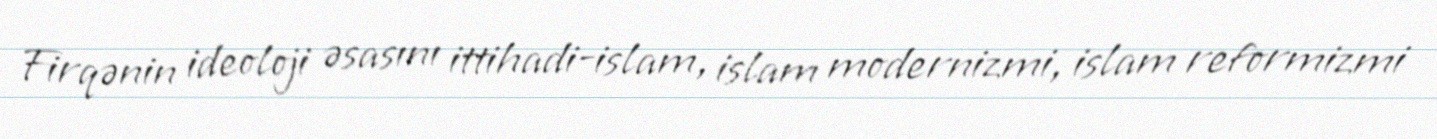
Firqənin ideoloji əsasını ittihadi-islam, islam modernizmi, islam reformizmi